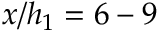
x / h _ { 1 } = 6 - 9